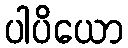
ပါပိယော